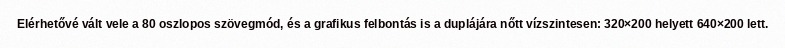
Elérhetővé vált vele a 80 oszlopos szövegmód, és a grafikus felbontás is a duplájára nőtt vízszintesen: 320×200 helyett 640×200 lett.